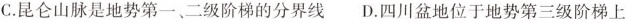
C.昆仑山脉是地势第一、二级阶梯的分界线 D.四川盆地位于地势第三级阶梯上